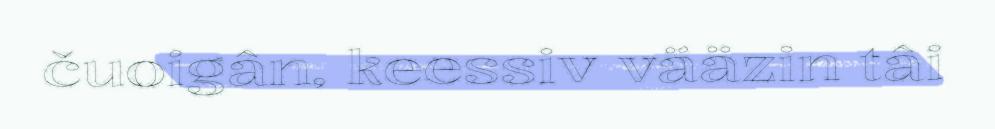
čuoigân, keessiv vääzin tâi